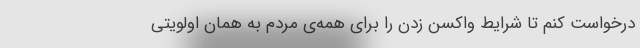
درخواست کنم تا شرایط واکسن زدن را برای همه‌ی مردم به همان اولویتی